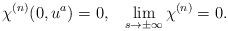
LaTeX: \begin{align*}\chi^{(n)}(0, u^a) = 0, \;\;\; \lim_{s \rightarrow \pm \infty}\chi^{(n)} = 0.\end{align*}